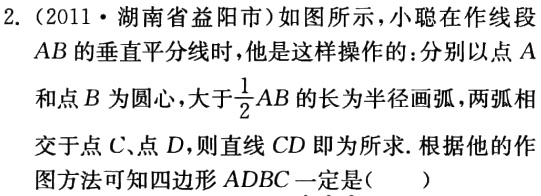
2.（2011·湖南省益阳市）如图所示，小聪在作线段\(AB\)的垂直平分线时，他是这样操作的：分别以点\(A\)和点\(B\)为圆心，大于\(\frac{1}{2}AB\)的长为半径画弧，两弧相交于点\(C\)、点\(D\)，则直线\(CD\)即为所求. 根据他的作图方法可知四边形\(ADBC\)一定是(  )